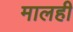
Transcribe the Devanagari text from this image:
मालही